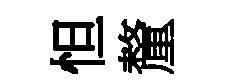
怛釐